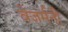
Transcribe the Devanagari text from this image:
वेजर्मनी